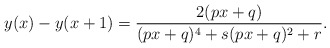
\begin{align*}y(x)-y(x+1)=\frac{2(p x + q)}{(p x + q)^4 + s (p x + q)^2 + r}.\end{align*}